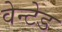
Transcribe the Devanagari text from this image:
वेन्टेड